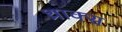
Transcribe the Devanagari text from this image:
थ्राक्स